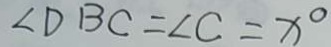
\angle D B C = \angle C = x ^ { \circ }